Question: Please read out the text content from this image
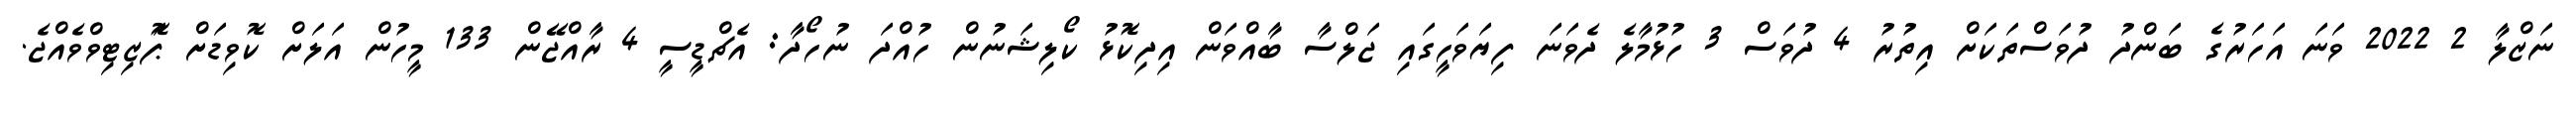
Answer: ނަޒްލާ 2 2022 ވަނަ އަހަރުގެ ބަންދު ދުވަސްތަކަށް އިތުރު 4 ދުވަސް 3 ހުޅުމާލެ ދެވަނަ ފިޔަވަހީގައި ޖަލްސާ ބާއްވަން އިދިކޮޅު ކޯލިޝަނުން ހުއްދަ ނުހޯދާ: އެޗްޑީސީ 4 ރާއްޖޭން 133 މީހުން އަލަށް ކޮވިޑަށް ޕަޮޒިޓިވްވެއްޖެ.